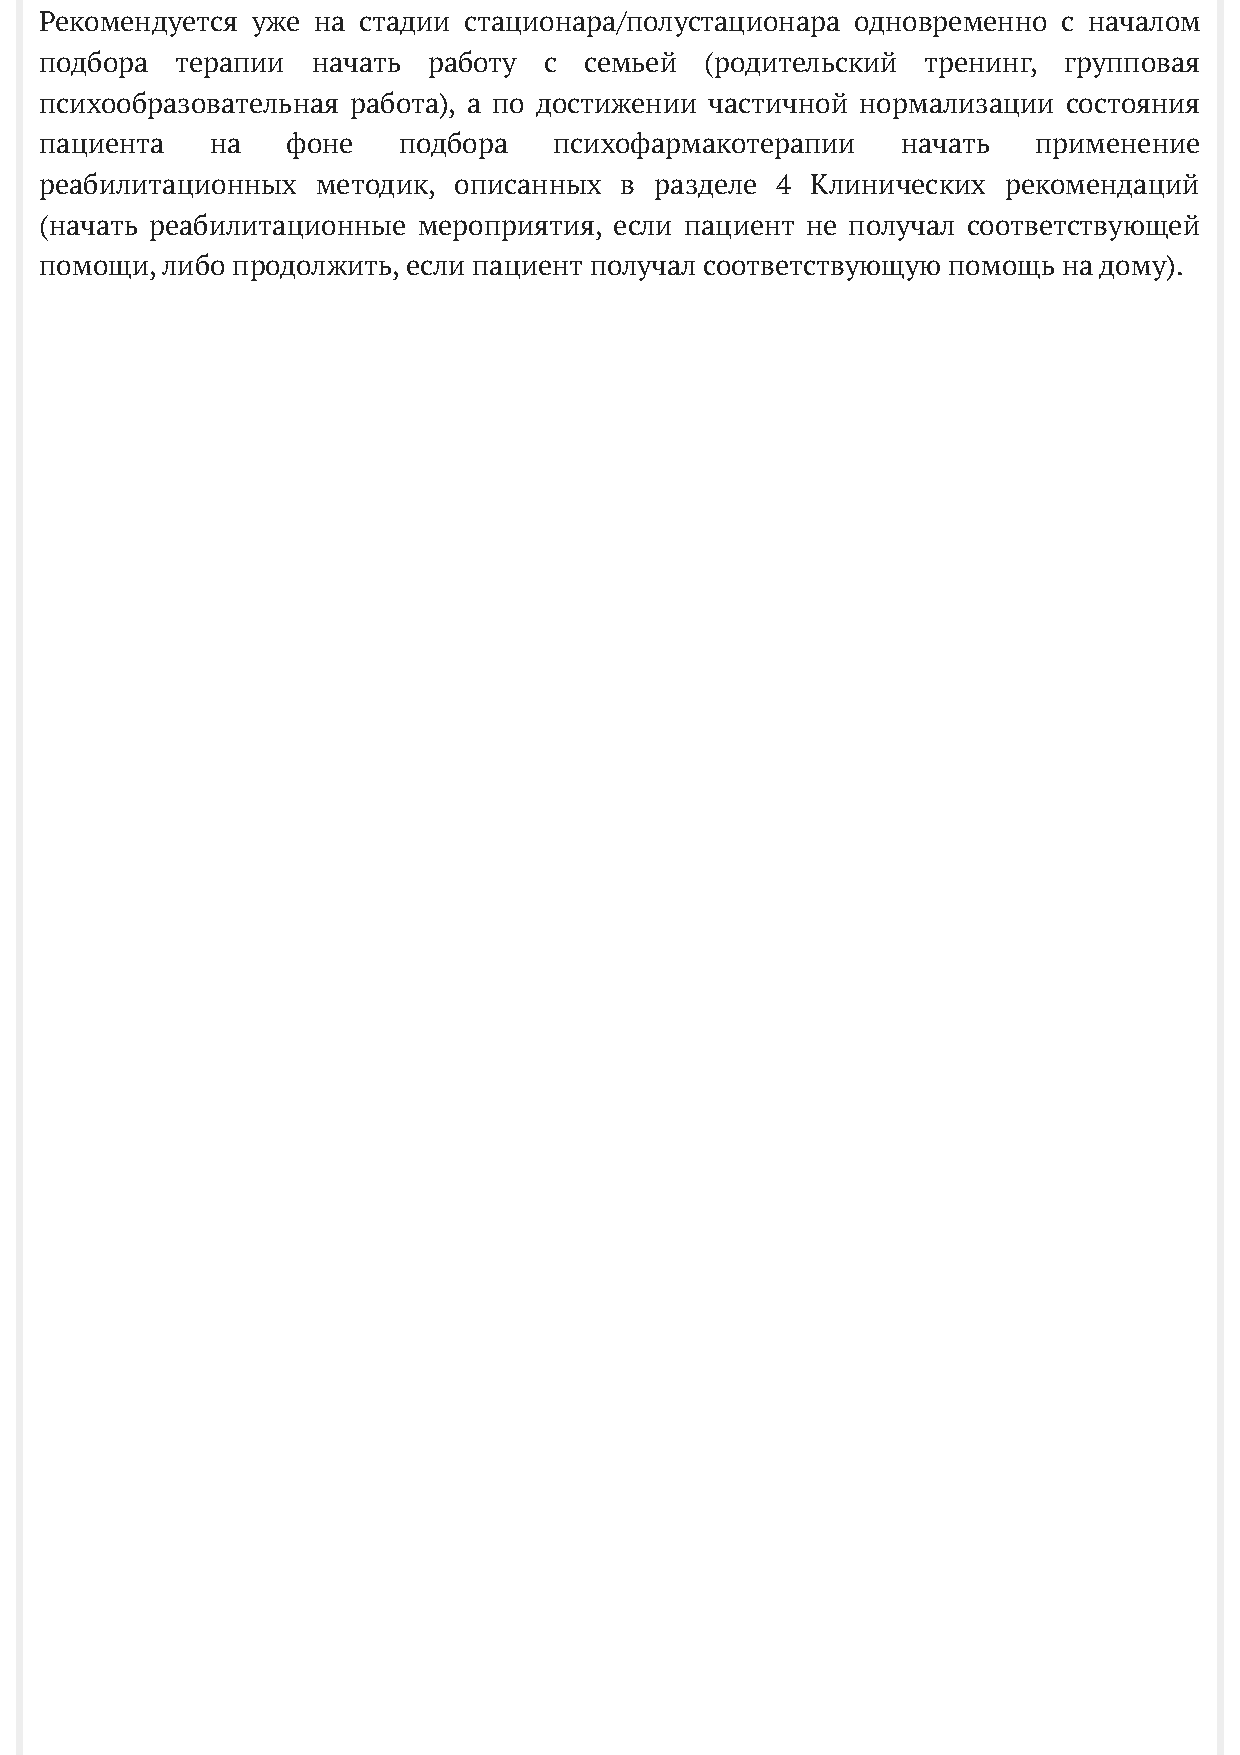
Рекомендуется уже на стадии стационара/полустационара одновременно с началом
 подбора  терапии  начать работу  с  семьей  (родительский тренинг, групповая
 психообразовательная работа), а по достижении частичной нормализации состояния
 пациента   на   фоне   подбора    психофармакотерапии    начать   применение
 реабилитационных  методик, описанных  в разделе 4  Клинических рекомендаций
 (начать реабилитационные мероприятия, если пациент не получал соответствующей
 помощи, либо продолжить, если пациент получал соответствующую помощь на дому).